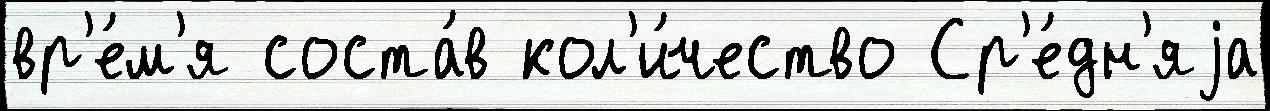
вр'е́м'я соста́в кол'и́чество Ср'е́дн'яjа